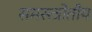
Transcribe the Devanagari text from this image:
समस्त्त्रोतीय